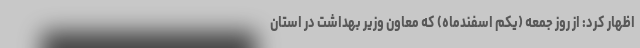
اظهار کرد: از روز جمعه (یکم اسفندماه) که معاون وزیر بهداشت در استان